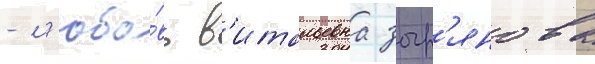
- л'юбо́вь в'итальевна зыр'янова